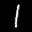
Label: 1